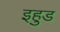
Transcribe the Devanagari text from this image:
इहुड